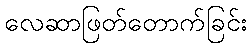
လေဆာဖြတ်တောက်ခြင်း